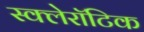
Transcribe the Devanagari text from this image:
स्क्लेरॉटिक